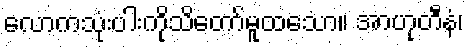
လောကသုံးပါးကိုသိတော်မူထသော။ အာဟုတီနံ၊